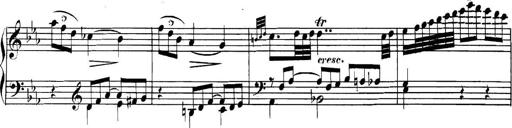
Title: Collected Piano Sonatas
Composer: Muzio Clementi